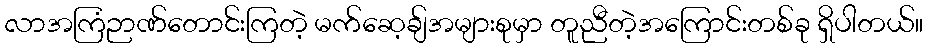
လာအကြံဉာဏ်တောင်းကြတဲ့ မက်ဆေ့ချ်အများစုမှာ တူညီတဲ့အကြောင်းတစ်ခု ရှိပါတယ်။